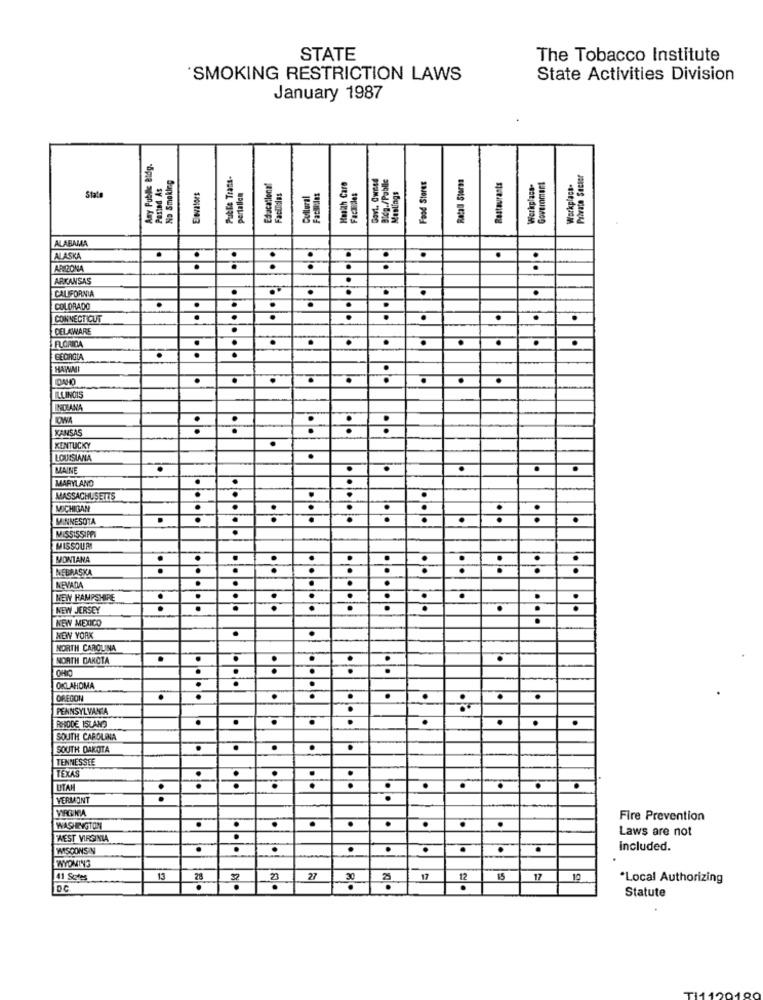
STATE
The Tobacco Institute
SMOKING RESTRICTION LAWS
State Activities Division
January 1987
Any Public Btdg.
Publie Trans-
Govt, Owned
BICa./Pablle
Retal Stores
Private Sector
Pasted As
No Smoking
Educational
Health Care
Food Stores
Restaurants
Workplace-
Government
Workplace.
Elevators
pertallein
Facilides
Dullural
Facili:les
Faciales
Mestings
State
ALABAMA
..
.
.
.
ALASKA
.
ARRONA
.
.
ARKANSAS
CALIFORNIA
..
COLORADO
.
CONNECTICUT
.
.
DELAWARE
..
.
.
FLORIDA
-
CECROTA
.
LDAHO
.
.
ILLINOIS
INOLANA
. .
.
.
.
.
.
KANSAS
.
.
KENTUCKY
LOUISIANA
MAINE
.
.
.
MARYLAND
MASSACHUSETTS
.
.
.
MICHIGAN
.
.
.
.
MINNESOTA
.
.
.
.
.
MISSISSIPPI
MISSOURI
.
MONTANA
.
.
.
.
.
.
NEBRASKA
.
.
.
NEVADA
..
.
NEW HAMPSHIRE
.
NEW JERSEY
.
.
NEW MEXICO
NEW YORK
NORTH CAROLINA
.
NORTH DAKOTA
.
.
OHIO
.
.
.
.
OKLAHOMA
.
OREGON
·
.
.
·
PENNSYLVANIA
.
·
.
.
.
.
REVODE ISLAND
SOUTH CAROLINA
.
SOUTH DAKOTA
.
.
TENNESSEE
TEXAS
.
.
..
.
UTAH
.
.
.
VERMONT
.
.
Fire Prevention
WASHINGTON
.
.
.
Laws are not
"WEST VIRGINIA
.
WISCONSIN
.
.
Included.
IWYOMING
. 1
41 Sales
13
29
23
27
30
25
17
12
15
17
12
*Local Authorizing
DC
.
.
.
.
Statute